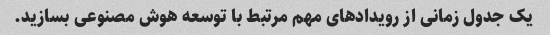
یک جدول زمانی از رویدادهای مهم مرتبط با توسعه هوش مصنوعی بسازید.